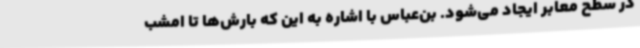
در سطح معابر ایجاد می‌شود. بن‌عباس با اشاره به این که بارش‌ها تا امشب